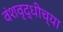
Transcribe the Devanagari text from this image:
वंशवृद्धीच्या